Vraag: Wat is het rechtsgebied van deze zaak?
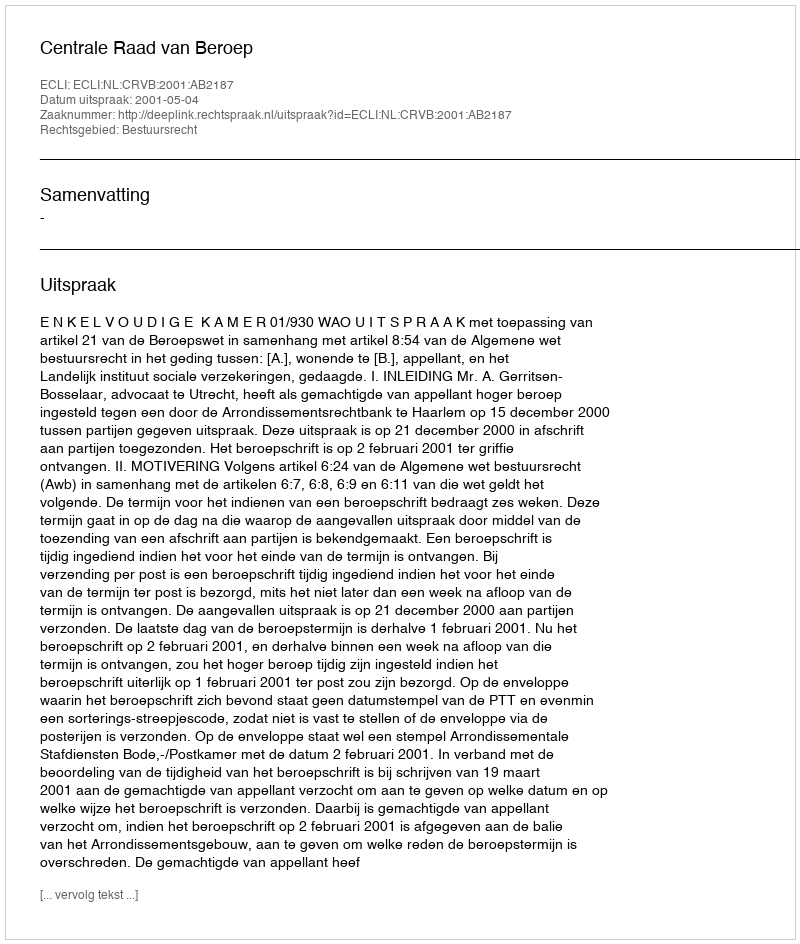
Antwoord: Bestuursrecht